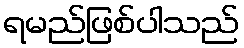
ရမည်ဖြစ်ပါသည်